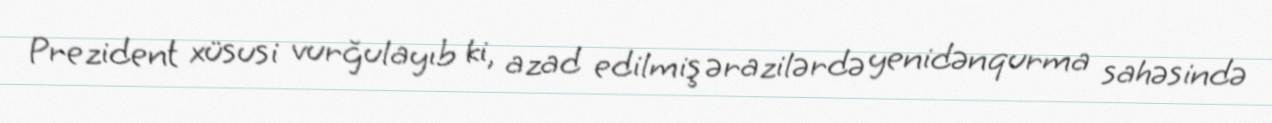
Prezident xüsusi vurğulayıb ki, azad edilmiş ərazilərdə yenidənqurma sahəsində